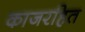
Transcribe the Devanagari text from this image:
काजरहित